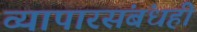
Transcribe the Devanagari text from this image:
व्यापारसंबंधही